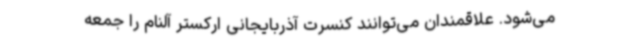
می‌شود. علاقمندان می‌توانند کنسرت آذربایجانی ارکستر آلنام را جمعه